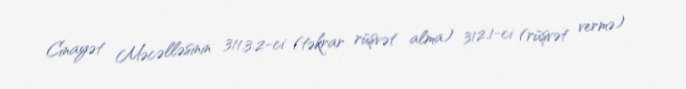
Cinayət Məcəlləsinin 311.3.2-ci (təkrar rüşvət alma) 312.1-ci (rüşvət vermə)